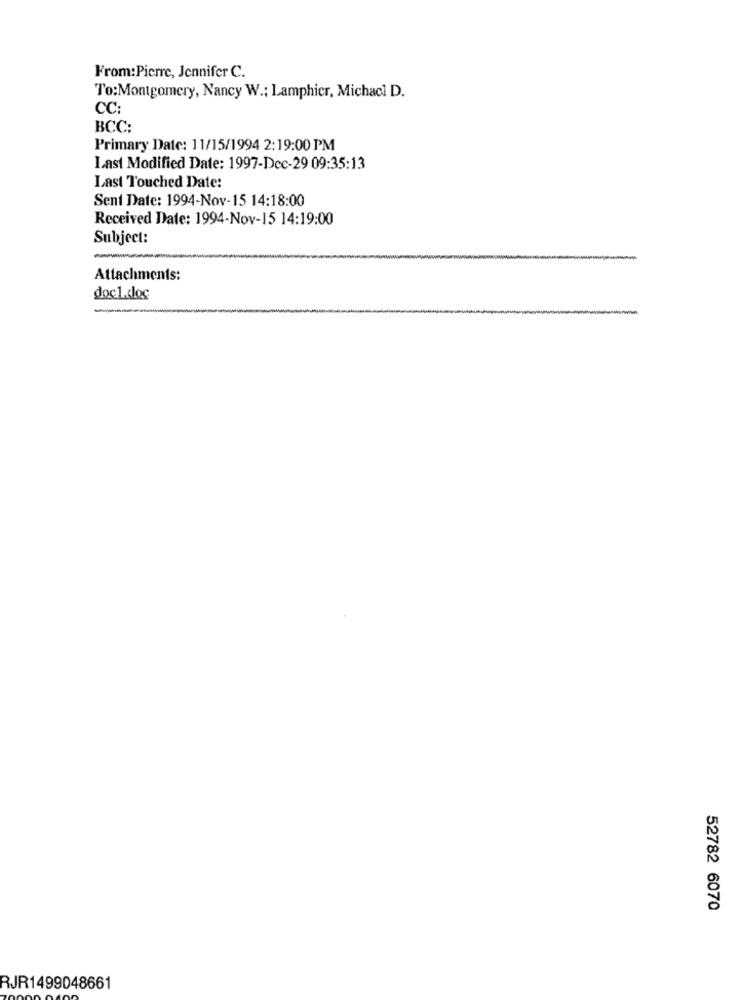
From:Pierre, Jennifer C.
To:Montgomery, Nancy W .; Lamphier, Michacl D.
CC:
BCC:
Primary Date: 11/15/1994 2:19:00 PM
Last Modified Date: 1997-Dec-29 09:35:13
Last Touched Date:
Sent Date: 1994-Nov-15 14:18:00
Received Date: 1994-Nov-15 14:19:00
Subject:
Attachments:
doc1.cloc
52782 6070
RJR1499048661